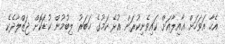
އެހާ އަވަހަށް ޢާއިލާއަށް ކައިވެނިކުރަން އުޅޭ ކަމުގެ ޚަބަރު ލިބުމުން ކުޑަކޮށް ޖަޒްލާދެކެ